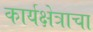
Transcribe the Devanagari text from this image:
कार्यक्षेत्राचा